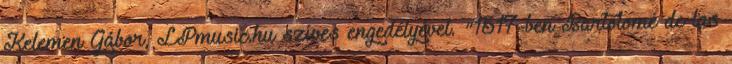
Kelemen Gábor, LPmusic.hu szíves engedélyével. "1517-ben Bartolomé de las